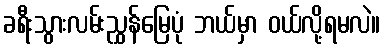
ခရီးသွားလမ်းညွှန်မြေပုံ ဘယ်မှာ ဝယ်လို့ရမလဲ။